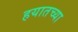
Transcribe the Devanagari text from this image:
हयातच्या